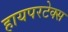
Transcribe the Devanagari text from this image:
हायपरटेक्स